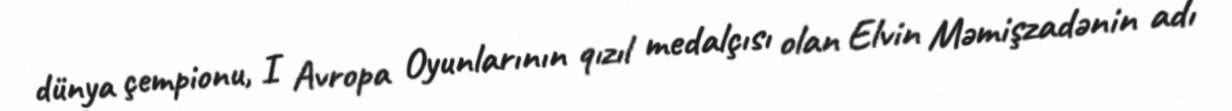
dünya çempionu, I Avropa Oyunlarının qızıl medalçısı olan Elvin Məmişzadənin adı